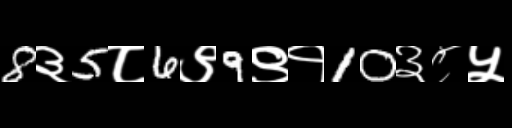
Text: 8३5८6९9९१10३८५